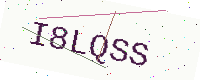
Text: I8LQSS